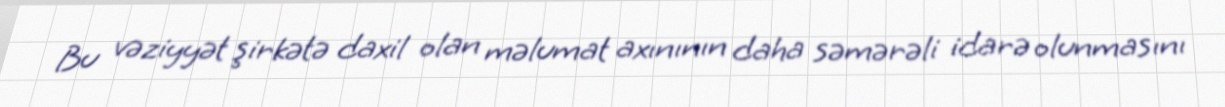
Bu vəziyyət şirkətə daxil olan məlumat axınının daha səmərəli idarə olunmasını